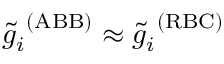
\tilde { g } _ { i } ^ { \ ( \mathrm { A B B } ) } \approx \tilde { g } _ { i } ^ { \ ( \mathrm { R B C } ) }